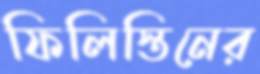
ফিলিস্তিনের